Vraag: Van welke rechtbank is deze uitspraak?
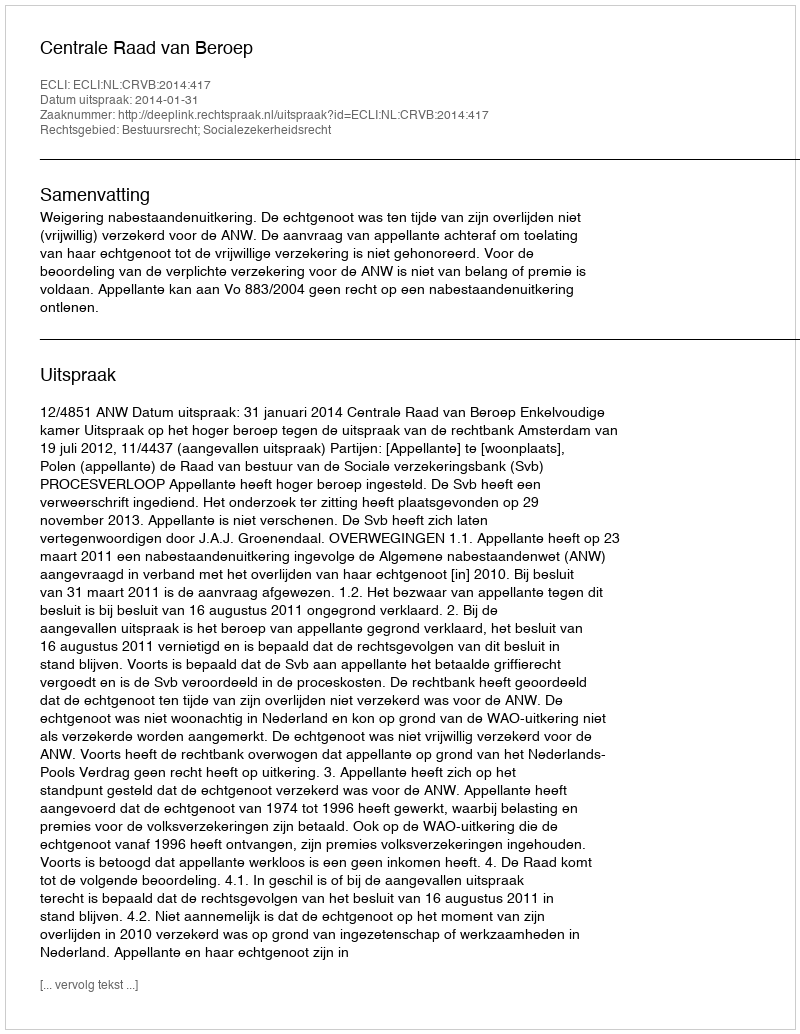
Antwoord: Centrale Raad van Beroep